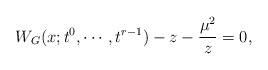
\begin{align*}W_{G}(x; t^{0}, \cdots, t^{r-1})-z-{\mu^{2}\over z}=0,\end{align*}